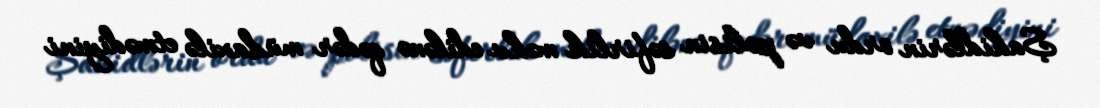
Şahidlərin ordu və polisin səfirlik məhv edilənə qədər müdaxilə etmədiyini